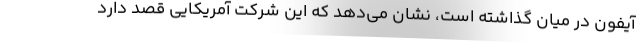
آیفون در میان گذاشته است، نشان می‌دهد که این شرکت آمریکایی قصد دارد